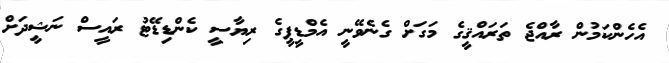
އެހެންކަމުން ރާއްޖެ ތަރައްޤީގެ މަގަށް ގެނެވޭނީ އެމްޑީޕީގެ ރިޔާސީ ކެންޑިޑޭޓު ރައީސް ނަޝީދަށް